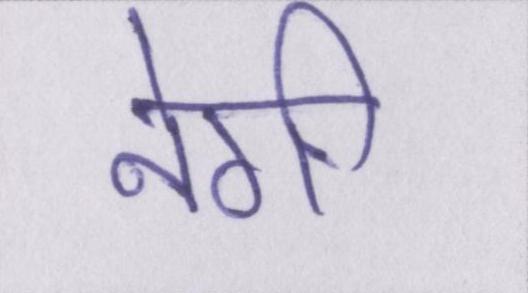
नेगी